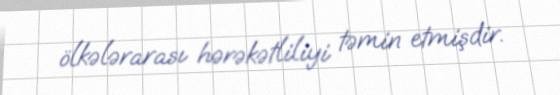
ölkələrarası hərəkətliliyi təmin etmişdir.